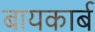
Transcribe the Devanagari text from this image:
बायकार्ब